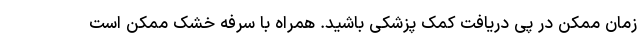
زمان ممکن در پی دریافت کمک پزشکی باشید. همراه با سرفه خشک ممکن است